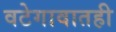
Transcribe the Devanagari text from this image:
वटेगावातही